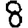
Digit: 8